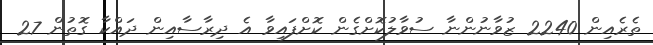
ތެރެއިން 2240 ޒުވާނުންނާ ސުވާލުކޮށްގެން ކޮށްފައިވާ އެ ދިރާސާއިން ދައްކާ ގޮތުން 27